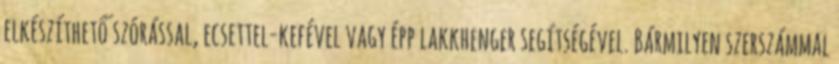
elkészíthető szórással, ecsettel-kefével vagy épp lakkhenger segítségével. Bármilyen szerszámmal